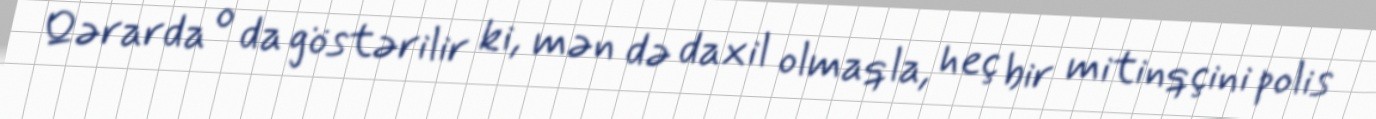
Qərarda o da göstərilir ki, mən də daxil olmaqla, heç bir mitinqçini polis